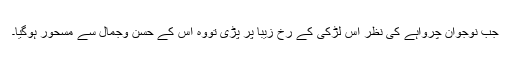
جب نوجوان چرواہے کی نظر اس لڑکی کے رخِ زیبا پر پڑی تووہ اس کے حسن وجمال سے مسحور ہوگیا۔